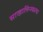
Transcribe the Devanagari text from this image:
साखालिन्स्काया